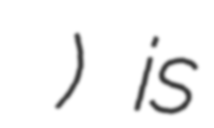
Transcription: του Σάρρου) is